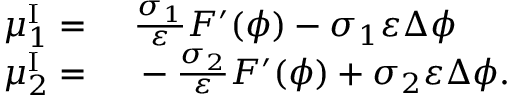
\begin{array} { r l } { \mu _ { 1 } ^ { \mathrm { I } } = } & { { } ~ \frac { \sigma _ { 1 } } { \varepsilon } F ^ { \prime } ( \phi ) - \sigma _ { 1 } \varepsilon \Delta \phi } \\ { \mu _ { 2 } ^ { \mathrm { I } } = } & { { } ~ - \frac { \sigma _ { 2 } } { \varepsilon } F ^ { \prime } ( \phi ) + \sigma _ { 2 } \varepsilon \Delta \phi . } \end{array}